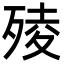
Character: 㱥